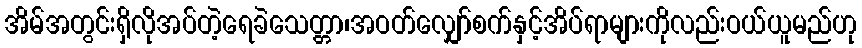
အိမ်အတွင်းရှိလိုအပ်တဲ့ရေခဲသေတ္တာ၊အဝတ်လျှော်စက်နှင့်အိပ်ရာများကိုလည်းဝယ်ယူမည်ဟု